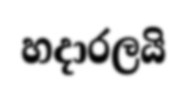
හදාරලයි